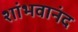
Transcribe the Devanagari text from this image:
शांभवानंद